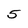
Character: 5